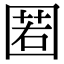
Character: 𡈉